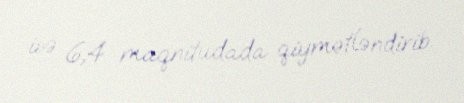
isə 6,4 maqnitudada qiymətləndirib.